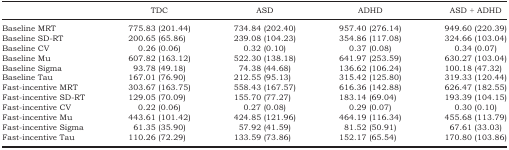
<table><thead><tr><td></td><td><b>TDC</b></td><td><b>ASD</b></td><td><b>ADHD</b></td><td><b>ASD + ADHD</b></td></tr></thead><tbody><tr><td>Baseline MRT</td><td>775.83 (201.44)</td><td>734.84 (202.40)</td><td>957.40 (276.14)</td><td>949.60 (220.39)</td></tr><tr><td>Baseline SD‐RT</td><td>200.65 (65.86)</td><td>239.08 (104.23)</td><td>354.86 (117.08)</td><td>324.66 (103.04)</td></tr><tr><td>Baseline CV</td><td>0.26 (0.06)</td><td>0.32 (0.10)</td><td>0.37 (0.08)</td><td>0.34 (0.07)</td></tr><tr><td>Baseline Mu</td><td>607.82 (163.12)</td><td>522.30 (138.18)</td><td>641.97 (253.59)</td><td>630.27 (103.04)</td></tr><tr><td>Baseline Sigma</td><td>93.78 (49.18)</td><td>74.38 (44.68)</td><td>136.62 (106.24)</td><td>100.18 (47.32)</td></tr><tr><td>Baseline Tau</td><td>167.01 (76.90)</td><td>212.55 (95.13)</td><td>315.42 (125.80)</td><td>319.33 (120.44)</td></tr><tr><td>Fast‐incentive MRT</td><td>303.67 (163.75)</td><td>558.43 (167.57)</td><td>616.36 (142.88)</td><td>626.47 (182.55)</td></tr><tr><td>Fast‐incentive SD‐RT</td><td>129.05 (70.09)</td><td>155.70 (77.27)</td><td>183.14 (69.04)</td><td>193.39 (104.15)</td></tr><tr><td>Fast‐incentive CV</td><td>0.22 (0.06)</td><td>0.27 (0.08)</td><td>0.29 (0.07)</td><td>0.30 (0.10)</td></tr><tr><td>Fast‐incentive Mu</td><td>443.61 (101.42)</td><td>424.85 (121.96)</td><td>464.19 (116.34)</td><td>455.68 (113.79)</td></tr><tr><td>Fast‐incentive Sigma</td><td>61.35 (35.90)</td><td>57.92 (41.59)</td><td>81.52 (50.91)</td><td>67.61 (33.03)</td></tr><tr><td>Fast‐incentive Tau</td><td>110.26 (72.29)</td><td>133.59 (73.86)</td><td>152.17 (65.54)</td><td>170.80 (103.86)</td></tr></tbody></table>